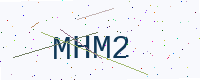
Text: MHM2